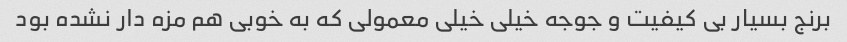
برنج بسیار بی کیفیت و جوجه خیلی خیلی معمولی که به خوبی هم مزه دار نشده بود